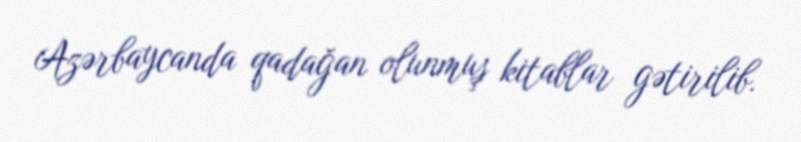
Azərbaycanda qadağan olunmuş kitablar gətirilib.